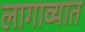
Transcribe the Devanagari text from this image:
लागाव्यात